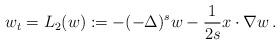
LaTeX: \begin{align*}w_t= L_2(w):=-(-\Delta)^s w - \frac1{2s} x\cdot\nabla w\,.\end{align*}